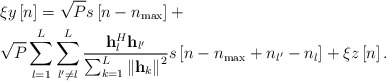
\begin{align*} \begin{aligned} &\xi y\left[ n \right] = \sqrt P s\left[ {n - {n_{\max }}} \right] +\\ &\sqrt P \sum\limits_{l = 1}^L {\sum\limits_{l' \ne l}^L {\frac{{{\bf{h}}_l^H{{\bf{h}}_{l'}}}}{{\sum\nolimits_{k = 1}^L {{{\left\| {{{\bf{h}}_k}} \right\|}^2}} }}s\left[ {n - {n_{\max }} + {n_{l'}} - {n_l}} \right]} } + \xi z\left[ n \right]. \end{aligned} \end{align*}